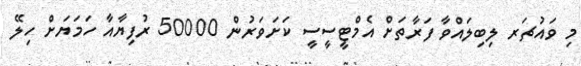
މި ވައުޗަރ ލިިބިލައްވާ ފަރާތަށް އެމްޓީސީސީ ކަށަވަރުން 50000 ރުފިޔާއާ ހަމަޔަށް ހިލޭ